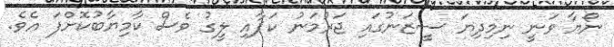
ނޯޔާ ވަނީ ނިމިދިޔަ ސީޒަނުގައި ޖަރުމަނު ކަޕާއި ލީގު ވެސް ކާމިޔާބުކޮށްފަ އެވެ.